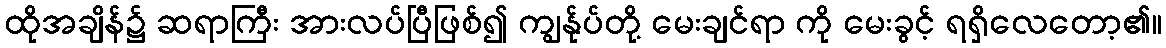
ထိုအချိန်၌ ဆရာကြီး အားလပ်ပြီဖြစ်၍ ကျွန်ုပ်တို့ မေးချင်ရာ ကို မေးခွင့် ရရှိလေတော့၏။